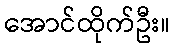
အောင်ထိုက်ဦး။